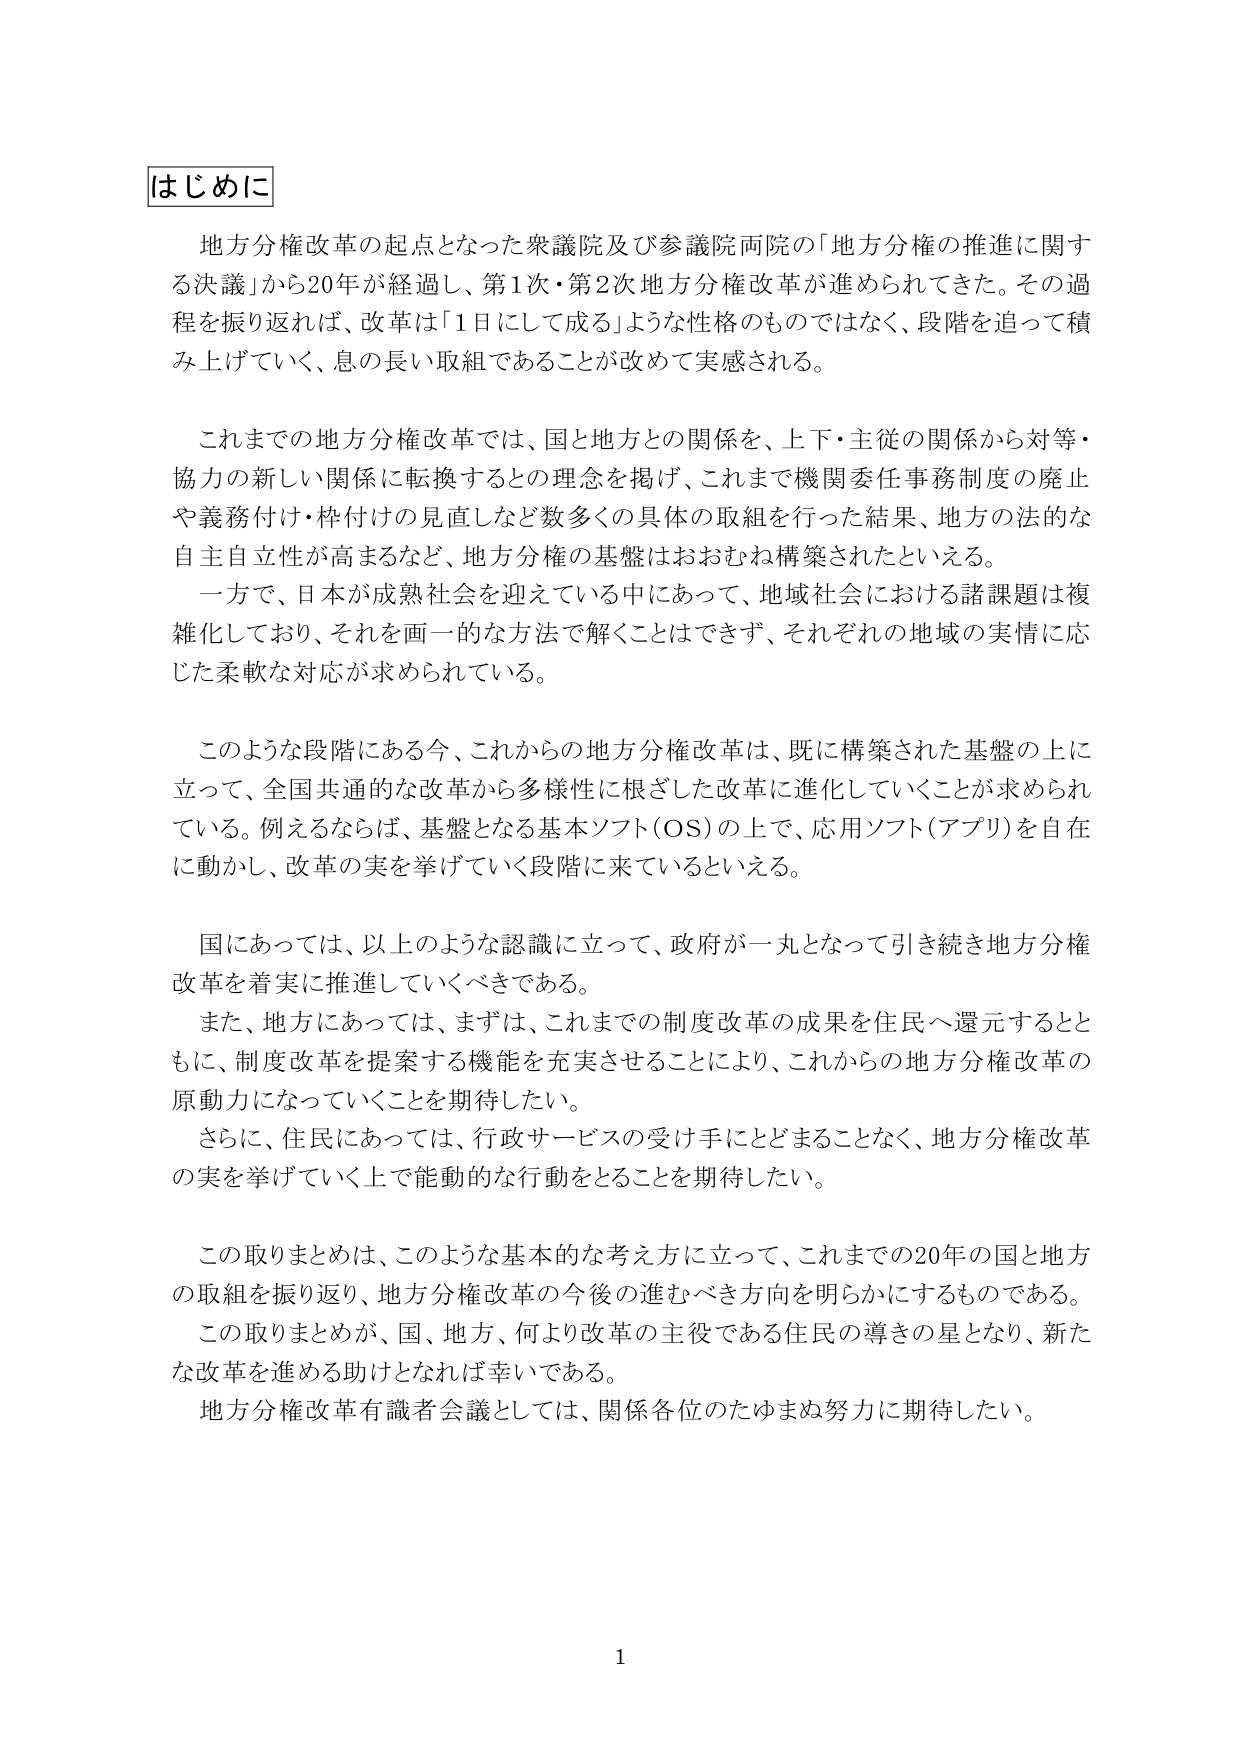
はじめに

地方分権改革の起点となった衆議院及び参議院両院の「地方分権の推進に関する決議」から20年が経過し、第1次・第2次地方分権改革が進められてきた。その過程を振り返れば、改革は「1日にして成る」ような性格のものではなく、段階を追って積み上げていく、息の長い取組であることが改めて実感される。

これまでの地方分権改革では、国と地方との関係を、上下・主従の関係から対等・協力の新しい関係に転換するとの理念を掲げ、これまで機関委任事務制度の廃止や義務付け・枠付けの見直しなど数多くの具体的取組を行った結果、地方の法的な自主自立性が高まるなど、地方分権の基盤はおおむね構築されたといえる。

一方で、日本が成熟社会を迎えている中にあって、地域社会における諸課題は複雑化しており、それを画一的な方法で解くことはできず、それぞれの地域の実情に応じた柔軟な対応が求められている。

このような段階にある今、これからの地方分権改革は、既に構築された基盤の上に立って、全国共通的な改革から多様性に根ざした改革に進化していくことが求められている。例えるならば、基盤となる基本ソフト（OS）の上で、応用ソフト（アプリ）を自在に動かし、改革の実を挙げていく段階に来ているといえる。

国にあっては、以上のような認識に立って、政府が一丸となって引き続き地方分権改革を着実に推進していくべきである。

また、地方にあっては、まずは、これまでの制度改革の成果を住民へ還元するとともに、制度改革を提案する機能を充実させることにより、これからの地方分権改革の原動力になっていくことを期待したい。

さらに、住民にあっては、行政サービスの受け手にとどまることなく、地方分権改革の実を挙げていく上で能動的な行動をとることを期待したい。

この取りまとめは、このような基本的な考え方に立って、これまでの20年の国と地方の取組を振り返り、地方分権改革の今後の進むべき方向を明らかにするものである。

この取りまとめが、国、地方、何より改革の主役である住民の導きの星となり、新たな改革を進める助けとなれば幸いである。

地方分権改革有識者会議としては、関係各位のたゆまぬ努力に期待したい。

1